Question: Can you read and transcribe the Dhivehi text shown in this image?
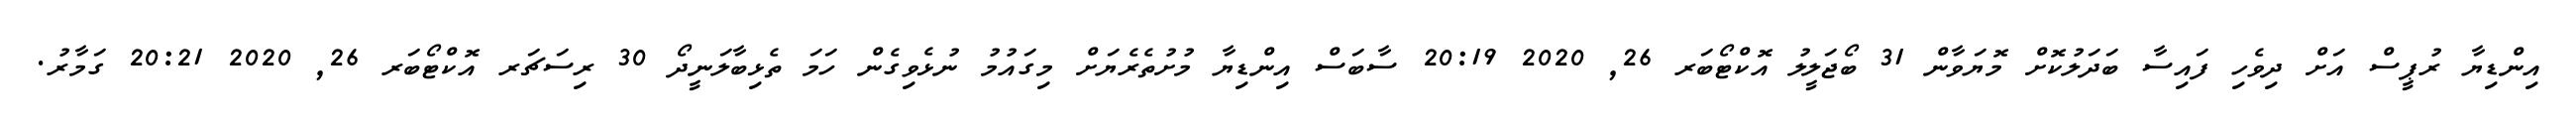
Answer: އިންޑިޔާ ރުޕީސް އަށް ދިވެހި ފައިސާ ބަދަލުކޮށް މޮޔަވާން 31 ބޯޖަލީލު އޮކްޓޯބަރ 26, 2020 20:19 ސާބަސް އިންޑިޔާ މުށުތެރެޔަށް މިގައުމު ނުޅެވިގެން ހަމަ ތެޅިބާލަނީދޯ 30 ރިސަޗަރ އޮކްޓޯބަރ 26, 2020 20:21 ގަމާރު.